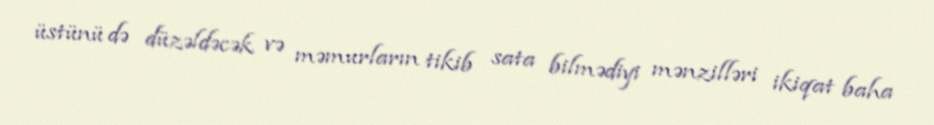
üstünü də düzəldəcək və məmurların tikib sata bilmədiyi mənzilləri ikiqat baha